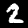
Digit: 2